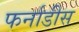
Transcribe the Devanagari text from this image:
फर्नाडीस